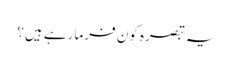
یہ تبصرہ کون فرما رہے ہیں؟